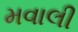
મવાલી